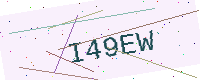
Text: I49EW